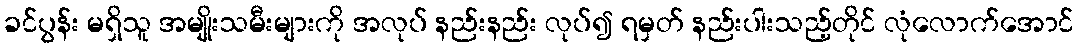
ခင်ပွန်း မရှိသူ အမျိုးသမီးများကို အလုပ် နည်းနည်း လုပ်၍ ရမှတ် နည်းပါးသည့်တိုင် လုံလောက်အောင်